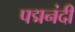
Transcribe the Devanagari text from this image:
पद्मनंदी